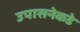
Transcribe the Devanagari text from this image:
उपासनेकडे